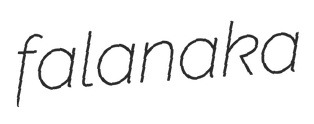
falanaka